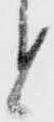
と